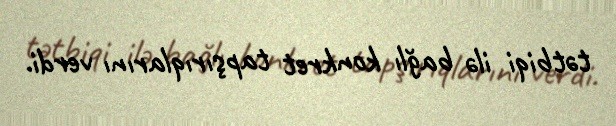
tətbiqi ilə bağlı konkret tapşırıqlarını verdi.